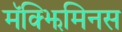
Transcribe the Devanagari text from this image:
मॅक्झिमिनस